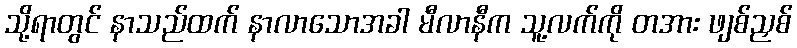
သို့ရာတွင် နာသည်ထက် နာလာသောအခါ မီလာနီက သူ့လက်ကို တအား ဖျစ်ညှစ်